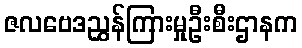
ဇလဗေဒညွှန်ကြားမှုဦးစီးဌာနက